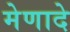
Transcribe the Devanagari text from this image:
मेणादे